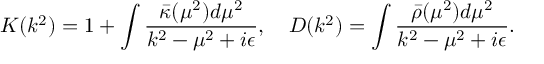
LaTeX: K ( k ^ { 2 } ) = 1 + \int \frac { \bar { \kappa } ( \mu ^ { 2 } ) d \mu ^ { 2 } } { k ^ { 2 } - \mu ^ { 2 } + i \epsilon } , \quad D ( k ^ { 2 } ) = \int \frac { \bar { \rho } ( \mu ^ { 2 } ) d \mu ^ { 2 } } { k ^ { 2 } - \mu ^ { 2 } + i \epsilon } .